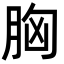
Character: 胸